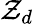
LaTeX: \mathcal{Z}_{d}